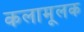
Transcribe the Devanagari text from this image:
कलामूलक